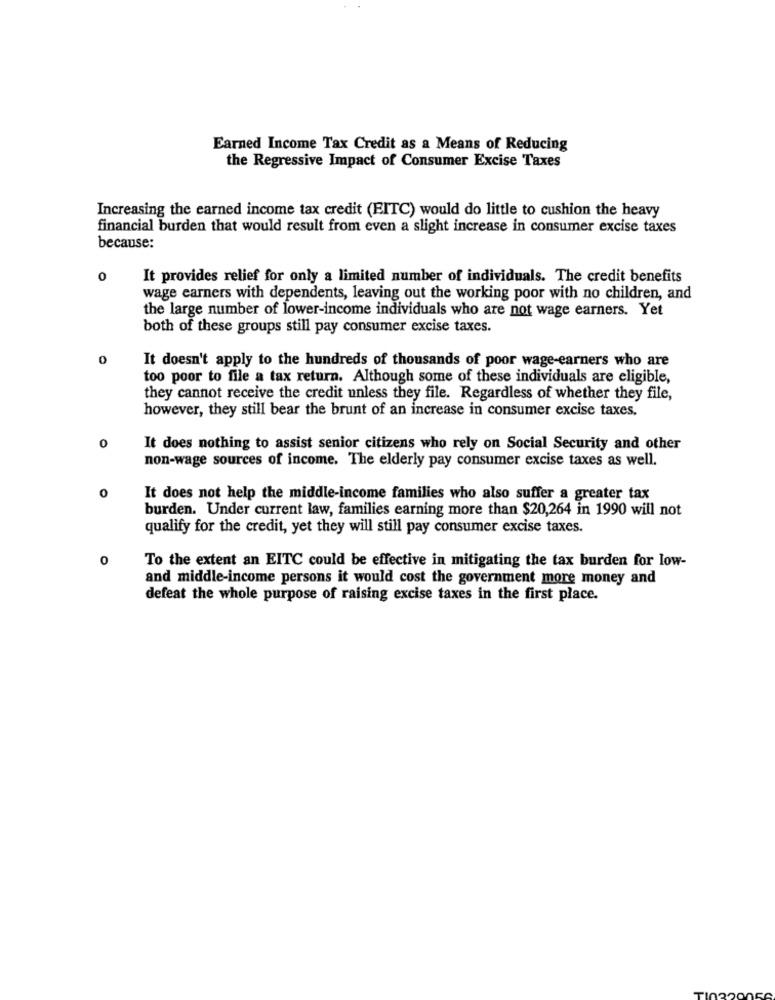
Earned Income Tax Credit as a Means of Reducing
the Regressive Impact of Consumer Excise Taxes
Increasing the earned income tax credit (EITC) would do little to cushion the heavy
financial burden that would result from even a slight increase in consumer excise taxes
because:
0
It provides relief for only a limited number of individuals. The credit benefits
wage earners with dependents, leaving out the working poor with no children, and
the large number of lower-income individuals who are not wage earners. Yet
both of these groups still pay consumer excise taxes.
It doesn't apply to the hundreds of thousands of poor wage-earners who are
too poor to file a tax return. Although some of these individuals are eligible,
they cannot receive the credit unless they file. Regardless of whether they file,
however, they still bear the brunt of an increase in consumer excise taxes.
0
It does nothing to assist senior citizens who rely on Social Security and other
non-wage sources of income. The elderly pay consumer excise taxes as well.
0
It does not help the middle-income families who also suffer a greater tax
burden. Under current law, families earning more than $20,264 in 1990 will not
qualify for the credit, yet they will still pay consumer excise taxes.
0
To the extent an EITC could be effective in mitigating the tax burden for low-
and middle-income persons it would cost the government more money and
defeat the whole purpose of raising excise taxes in the first place.